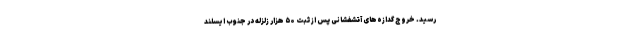
رسید. خروج گدازه‌های آتشفشانی پس از ثبت ۵۰ هزار زلزله در جنوب ایسلند